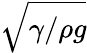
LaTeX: \sqrt{\gamma/\rho g}